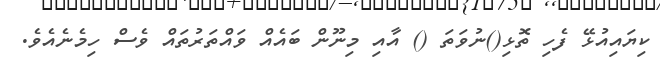
ކިޔައިއުޅޭ ފެހި ތޮޅި()ނުވަތަ () އާއި މިނޫން ބައެއް ވައްތަރުތައް ވެސް ހިމެނެއެވެ.